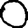
Digit: 0